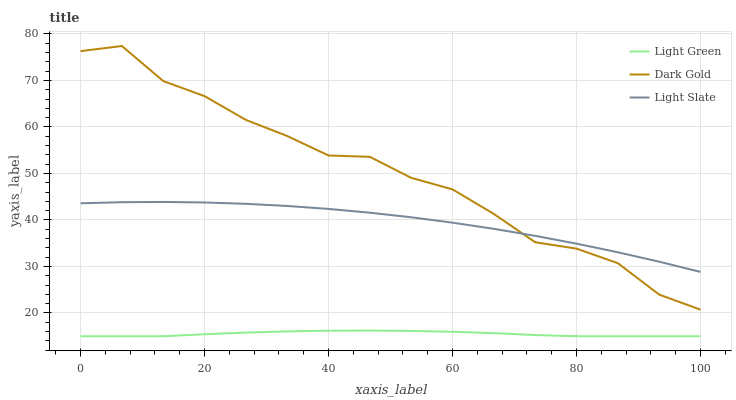
| xaxis_label | Light Green | Dark Gold | Light Slate |
 | --- | --- | --- | --- |
 | 0 | 15 | 76.3 | 43.6 |
 | 6.67 | 15 | 77.4 | 43.8 |
 | 13.3 | 15 | 69.9 | 43.9 |
 | 20 | 15.4 | 66.6 | 43.8 |
 | 26.7 | 15.8 | 61.5 | 43.5 |
 | 33.3 | 16 | 58.1 | 43 |
 | 40 | 16.2 | 53.9 | 42.4 |
 | 46.7 | 16.2 | 53.6 | 41.6 |
 | 53.3 | 16.1 | 49.1 | 40.6 |
 | 60 | 16 | 46.6 | 39.4 |
 | 66.7 | 15.7 | 41.3 | 38.1 |
 | 73.3 | 15.3 | 35.2 | 36.6 |
 | 80 | 15 | 33.8 | 34.9 |
 | 86.7 | 15 | 30.7 | 33.1 |
 | 93.3 | 15 | 24 | 31 |
 | 100 | 15 | 20.7 | 28.8 |